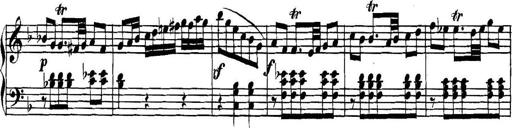
Title: Collected Piano Sonatas
Composer: Muzio Clementi